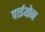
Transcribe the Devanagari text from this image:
पाईथोन